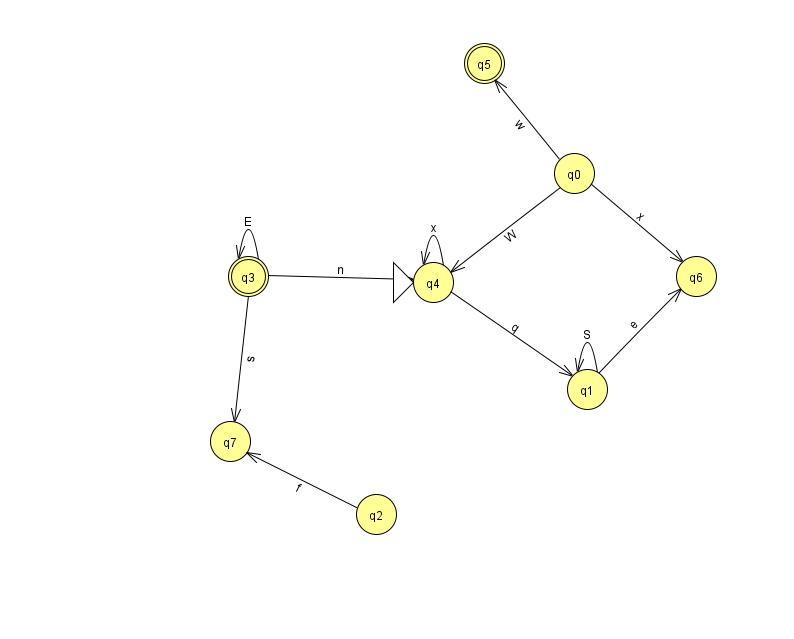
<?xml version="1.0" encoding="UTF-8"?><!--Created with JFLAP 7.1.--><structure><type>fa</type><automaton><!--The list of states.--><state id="0" name="q0"><x>574.0</x><y>160.0</y></state><state id="1" name="q1"><x>587.0</x><y>376.0</y></state><state id="2" name="q2"><x>376.0</x><y>501.0</y></state><state id="3" name="q3"><x>248.0</x><y>263.0</y><final/></state><state id="4" name="q4"><x>433.0</x><y>269.0</y><initial/></state><state id="5" name="q5"><x>484.0</x><y>50.0</y><final/></state><state id="6" name="q6"><x>696.0</x><y>263.0</y></state><state id="7" name="q7"><x>230.0</x><y>428.0</y></state><!--The list of transitions.--><transition><from>1</from><to>1</to><read>S</read></transition><transition><from>0</from><to>6</to><read>x</read></transition><transition><from>2</from><to>7</to><read>f</read></transition><transition><from>3</from><to>3</to><read>E</read></transition><transition><from>3</from><to>7</to><read>s</read></transition><transition><from>4</from><to>4</to><read>x</read></transition><transition><from>0</from><to>4</to><read>W</read></transition><transition><from>3</from><to>4</to><read>n</read></transition><transition><from>0</from><to>5</to><read>w</read></transition><transition><from>1</from><to>6</to><read>e</read></transition><transition><from>4</from><to>1</to><read>q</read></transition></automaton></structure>